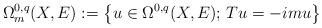
LaTeX: \begin{align*} \Omega^{0,q}_m(X,E):=\left\{u\in\Omega^{0,q}(X,E);\, Tu=-imu\right\}\end{align*}